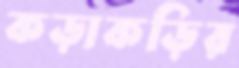
কড়াকড়ির